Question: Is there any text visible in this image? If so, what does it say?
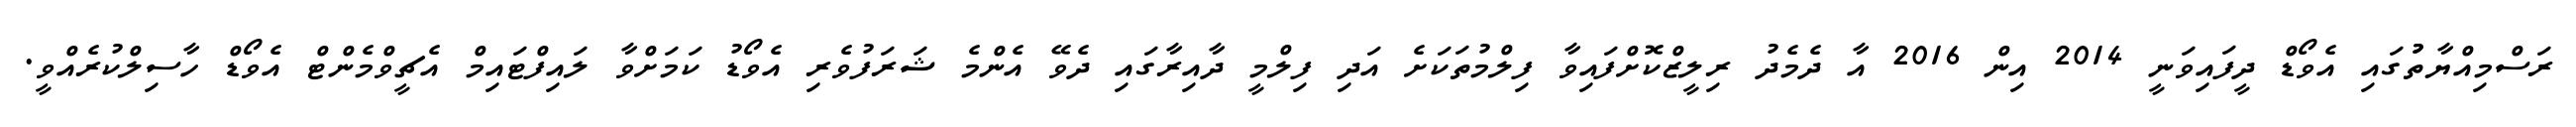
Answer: ރަސްމިއްޔާތުުގައި އެވޯޑް ދީފައިވަނީ 2014 އިން 2016 އާ ދެމެދު ރިލީޒްކޮށްފައިވާ ފިލްމުތަކަށެ އަދި ފިލްމީ ދާއިރާގައި ދެވޭ އެންމެ ޝަރަފުވެރި އެވޯޑު ކަމަށްވާ ލައިފްޓައިމް އެޗީވްމެންޓް އެވޯޑް ހާސިލްކުރެއްވީ.